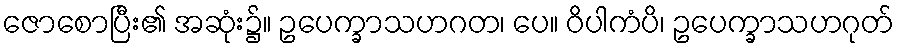
ဇောစောပြီး၏ အဆုံး၌။ ဥပေက္ခာသဟဂတ၊ ပေ။ ဝိပါကံပိ၊ ဥပေက္ခာသဟဂုတ်